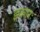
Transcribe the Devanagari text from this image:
इकारः